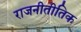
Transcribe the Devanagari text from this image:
राजनीतीतिक